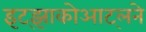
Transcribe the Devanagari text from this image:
इट्झाकोआट्लने